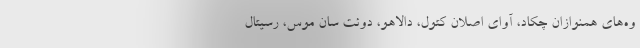
وه‌های همنوازان چکاد، آوای اصلان کتول، دالاهو، دوئت سان موس، رسیتال